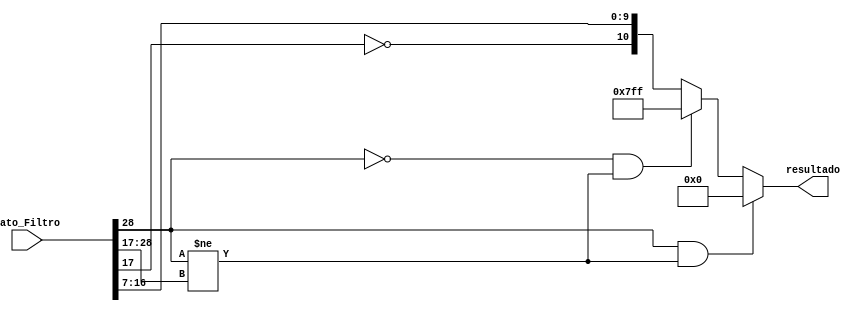
`timescale 1ns / 1ps
//////////////////////////////////////////////////////////////////////////////////
// Company: 
// Engineer: 
// 
// Design Name: 
// Module Name:    Truncador_Suma 
// Project Name: 
// Target Devices: 
// Tool versions: 
// Description: 
//
// Dependencies: 
//
// Revision: 
// Revision 0.01 - File Created
// Additional Comments: 
//// 1 signo, 10 entera,18 fraccion
//////////////////////////////////////////////////////////////////////////////////
module Truncador_Suma(
	input [28:0] Dato_Filtro,
	output [10:0] resultado);

wire signo = {12{Dato_Filtro[28]}} ;

assign resultado = ( Dato_Filtro[28] == 1 && signo != Dato_Filtro [28:17])? {11'b00000000000}:
						 ( Dato_Filtro[28] == 0 && signo != Dato_Filtro [28:17])? {11'b11111111111}:
						  {~{Dato_Filtro[17]},Dato_Filtro[16:7]};


endmodule